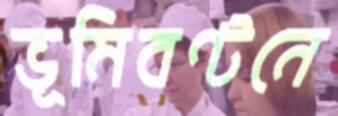
ভূমিবণ্টনে